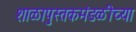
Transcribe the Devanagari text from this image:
शाळापुस्तकमंडळीच्या